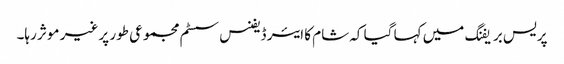
پریس بریفنگ میں کہا گیا کہ شام کا ایئر ڈیفنس سسٹم مجموعی طور پر غیر موثر رہا۔